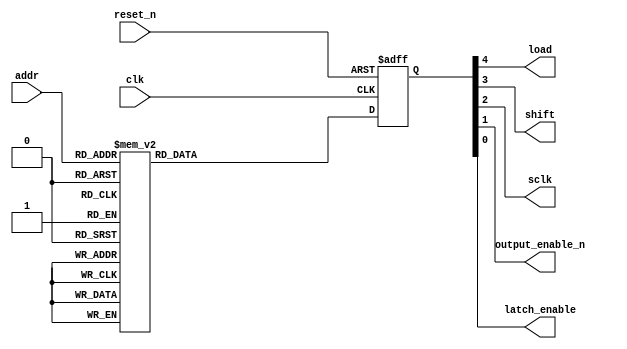
module rom
  (
   input       clk,
   input       reset_n,
   input [5:0] addr,
   output      load,
   output      shift,
   output      sclk,
   output      output_enable_n,
   output      latch_enable
   );
   
   reg [4:0]   rom_data, data_reg;
   
   always @(posedge clk, negedge reset_n)
     begin
        if (!reset_n)
          begin
             data_reg <= 5'b00010;
          end
        else
          begin
             data_reg <= rom_data;
          end
     end
   
   always @*
     begin
        case (addr)
          // data = load, shift, sclk, oe_n, le
          6'd00: rom_data = 5'b10000;
          6'd01: rom_data = 5'b00000;
          6'd02: rom_data = 5'b01100;
          6'd03: rom_data = 5'b00100;
          6'd04: rom_data = 5'b00000;
          6'd05: rom_data = 5'b01100;
          6'd06: rom_data = 5'b00100;
          6'd07: rom_data = 5'b00000;
          6'd08: rom_data = 5'b01100;
          6'd09: rom_data = 5'b00100;
          6'd10: rom_data = 5'b00000;
          6'd11: rom_data = 5'b01100;
          6'd12: rom_data = 5'b00100;
          6'd13: rom_data = 5'b00000;
          6'd14: rom_data = 5'b01100;
          6'd15: rom_data = 5'b00100;
          6'd16: rom_data = 5'b00000;
          6'd17: rom_data = 5'b01100;
          6'd18: rom_data = 5'b00100;
          6'd19: rom_data = 5'b00000;
          6'd20: rom_data = 5'b01100;
          6'd21: rom_data = 5'b00100;
          6'd22: rom_data = 5'b00000;
          6'd23: rom_data = 5'b01100;
          6'd24: rom_data = 5'b00100;
          6'd25: rom_data = 5'b00000; // Data clocked in
          6'd26: rom_data = 5'b01100;
          6'd27: rom_data = 5'b00100;
          6'd28: rom_data = 5'b00000;
          6'd29: rom_data = 5'b01100;
          6'd30: rom_data = 5'b00100;
          6'd31: rom_data = 5'b00000;
          6'd32: rom_data = 5'b01100;
          6'd33: rom_data = 5'b00100;
          6'd34: rom_data = 5'b00000;
          6'd35: rom_data = 5'b01100;
          6'd36: rom_data = 5'b00100;
          6'd37: rom_data = 5'b00000;
          6'd38: rom_data = 5'b01100;
          6'd39: rom_data = 5'b00100;
          6'd40: rom_data = 5'b00000;
          6'd41: rom_data = 5'b01100;
          6'd42: rom_data = 5'b00100;
          6'd43: rom_data = 5'b00000;
          6'd44: rom_data = 5'b01100;
          6'd45: rom_data = 5'b00100;
          6'd46: rom_data = 5'b00000;
          6'd47: rom_data = 5'b00100;
          6'd48: rom_data = 5'b00100;
          6'd49: rom_data = 5'b00000; // Data clocked in
          6'd50: rom_data = 5'b00001; // Data latched
          6'd51: rom_data = 5'b00001;
          6'd52: rom_data = 5'b00001;
          6'd53: rom_data = 5'b00001;
          6'd54: rom_data = 5'b00000;
          6'd55: rom_data = 5'b00000;
          6'd56: rom_data = 5'b00000;
          6'd57: rom_data = 5'b00000;
          6'd58: rom_data = 5'b00000;
          6'd59: rom_data = 5'b00000;
          6'd60: rom_data = 5'b00000;
          6'd61: rom_data = 5'b00000;
          6'd62: rom_data = 5'b00000;
          6'd63: rom_data = 5'b00000;
        endcase // case (addr)
     end // always @ *
   
   
   assign load = data_reg[4];
   assign shift = data_reg[3];
   assign sclk = data_reg[2];
   assign output_enable_n = data_reg[1];
   assign latch_enable = data_reg[0];


endmodule